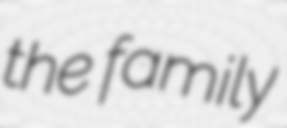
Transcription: the family